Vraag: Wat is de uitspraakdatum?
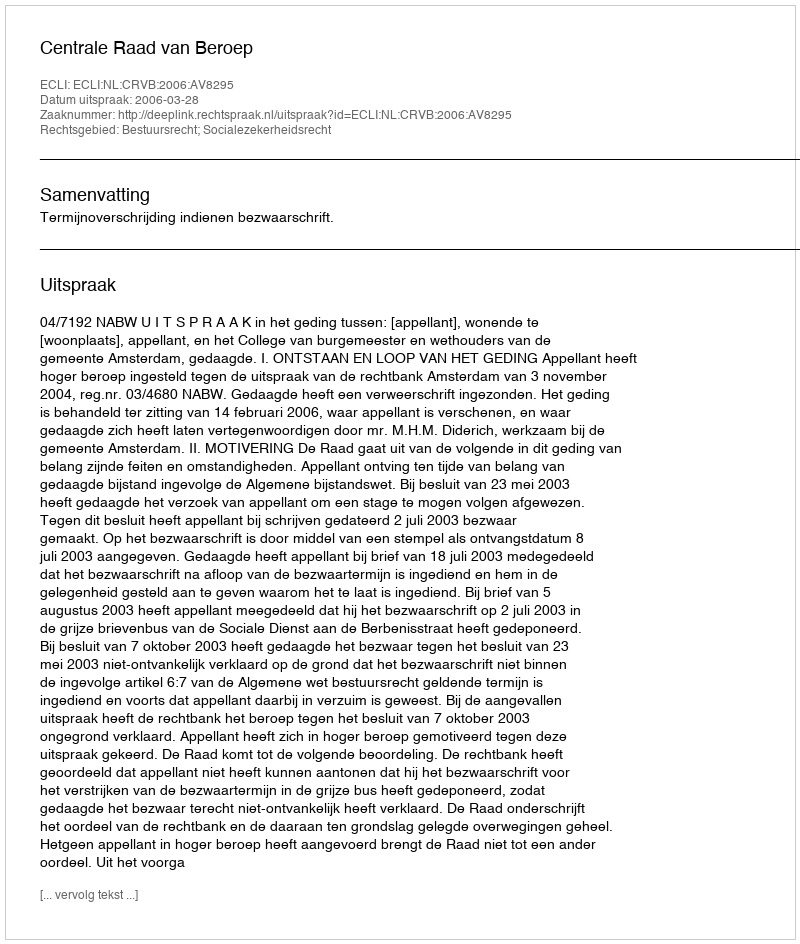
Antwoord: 2006-03-28